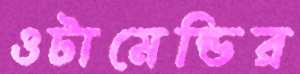
ওটামেন্ডির